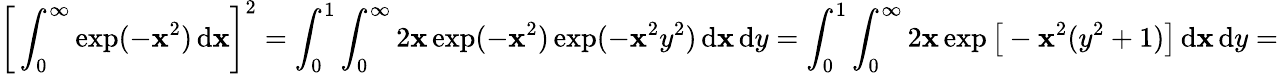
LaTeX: {\biggl[}\int_{0}^{\infty}\exp(-\mathbf{x}^{2})\, \mathrm{{d}}\mathbf{x}{\biggr]}^{2}=\int_{0}^{1}\int_{0}^{\infty}2\mathbf{x}\exp(-\mathbf{x}^{2})\exp(-\mathbf{x}^{2}y^{2})\, \mathrm{{d}}\mathbf{x}\, \mathrm{{d}}y=\int_{0}^{1}\int_{0}^{\infty}2\mathbf{x}\exp{\bigl[}-\mathbf{x}^{2}(y^{2}+1){\bigr]}\, \mathrm{{d}}\mathbf{x}\, \mathrm{{d}}y=